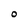
Character: O